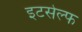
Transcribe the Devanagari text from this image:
इटसेल्फ